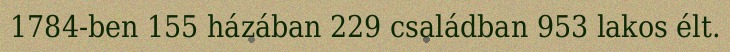
1784-ben 155 házában 229 családban 953 lakos élt.